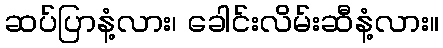
ဆပ်ပြာနံ့လား၊ ခေါင်းလိမ်းဆီနံ့လား။